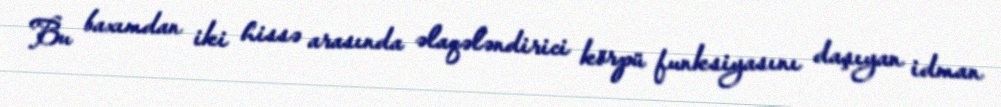
Bu baxımdan iki hissə arasında əlaqələndirici körpü funksiyasını daşıyan idman